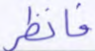
فانظر